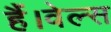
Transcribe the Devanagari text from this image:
हैं।वेल्स